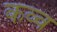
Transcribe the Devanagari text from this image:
कव्व